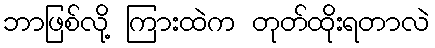
ဘာဖြစ်လို့ ကြားထဲက တုတ်ထိုးရတာလဲ